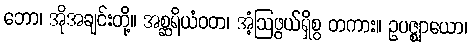
ဘော၊ အိုအချင်းတို့။ အစ္ဆရိယံဝတ၊ အံ့ဩဖွယ်ရှိစွ တကား။ ဥပဇ္ဈာယော၊